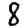
Digit: 8